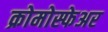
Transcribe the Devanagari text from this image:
क्रोमोस्फेअर